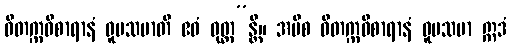
ဝိတက္ကဝိစာရာနံ ဝူပသမာတိ ဧဝံ ဝုတ္တ”န္တိ။ အပိစ ဝိတက္ကဝိစာရာနံ ဝူပသမာ ဣဒံ